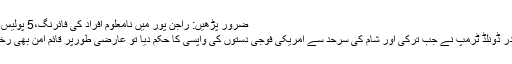
ضرور پڑھیں: راجن پور میں نامعلوم افراد کی فائرنگ،5 پولیس اہلکار شہید
امریکی صدر ڈونلڈ ٹرمپ نے جب ترکی اور شام کی سرحد سے امریکی فوجی دستوں کی واپسی کا حکم دیا تو عارضی طورپر قائم امن بھی رخصت ہوگیا۔